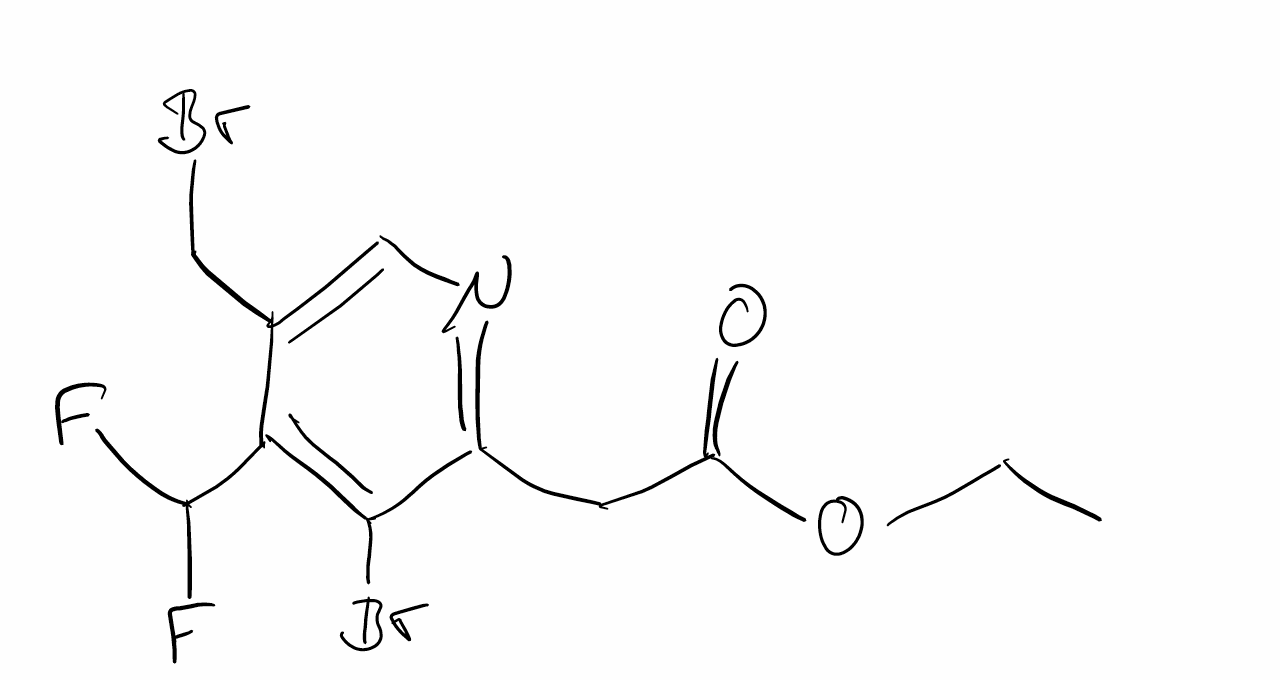
Simplified molecular-input line-entry system (SMILES) notation of the given molecule:
CCOC(=O)CC1=NC=C(C(=C1Br)C(F)F)CBr